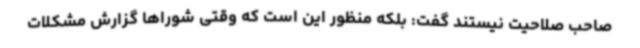
صاحب صلاحیت نیستند گفت: بلکه منظور این است که وقتی شوراها گزارش مشکلات